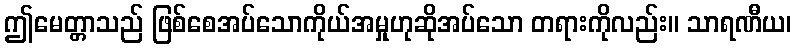
ဤမေတ္တာသည် ဖြစ်စေအပ်သောကိုယ်အမှုဟုဆိုအပ်သော တရားကိုလည်း။ သာရဏီယ၊